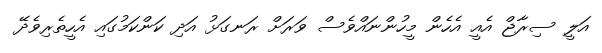
އަލީ ސިރާޖް އެއީ އެހެން މީހުންނައްވެސް ވަރަށް ރަނގަޅު އަދި ކަންކަމުގައި އެހީތެރިވެދޭ